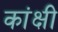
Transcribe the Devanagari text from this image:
कांक्षी